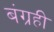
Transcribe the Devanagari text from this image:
बंग्रही